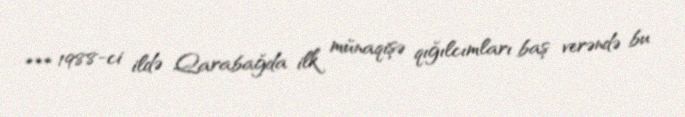
*** 1988-ci ildə Qarabağda ilk münaqişə qığılcımları baş verəndə bu